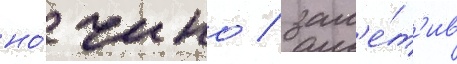
но́ чино / зам'е́т'ив